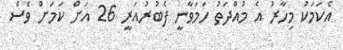
އެކަމަކު މިހާރު އެ މުއްދަތު ހަމަވާނީ ފެބުރުއަރީ 26 އަށް ކަމަށް ވެސް